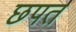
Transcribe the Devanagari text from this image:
छपत